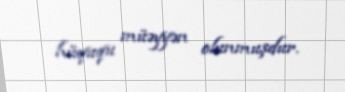
hüququ müəyyən olunmuşdur.